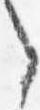
之